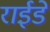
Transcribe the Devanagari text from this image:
राईडें